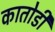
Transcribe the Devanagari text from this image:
कातोडी